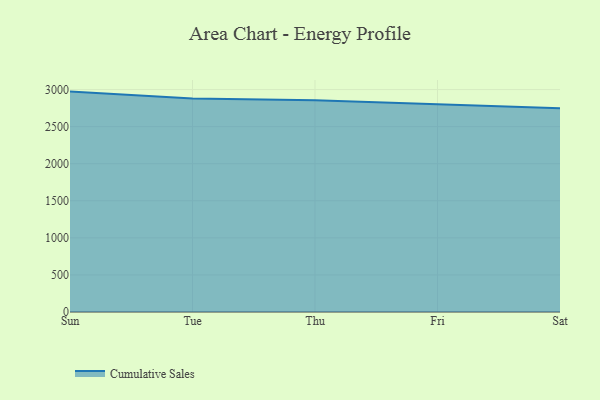
{"axis": {"x": "Day", "y": "Gross Profit (USD K)"}, "legend": ["Cumulative Sales"], "data": [{"x": "Sun", "y": 2972.6, "type": "Cumulative Sales"}, {"x": "Tue", "y": 2878.2, "type": "Cumulative Sales"}, {"x": "Thu", "y": 2855.6, "type": "Cumulative Sales"}, {"x": "Fri", "y": 2802.9, "type": "Cumulative Sales"}, {"x": "Sat", "y": 2748.5, "type": "Cumulative Sales"}]}